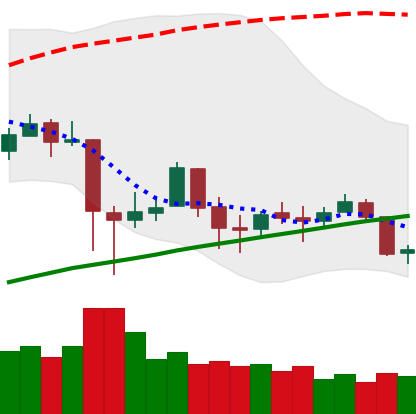
Ticker: BTC-USD
Chart end date: 2018-01-31
Forward return: -31.952%
Label: down_7plus